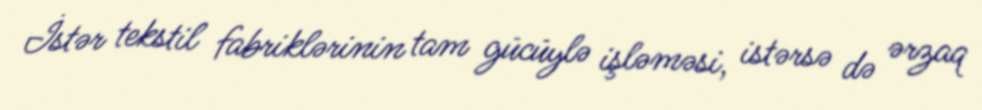
İstər tekstil fabriklərinin tam gücüylə işləməsi, istərsə də ərzaq